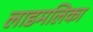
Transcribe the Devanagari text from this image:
लाडमलिका